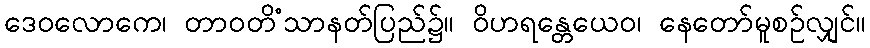
ဒေဝလောကေ၊ တာဝတိံသာနတ်ပြည်၌။ ဝိဟရန္တေယေဝ၊ နေတော်မူစဉ်လျှင်။